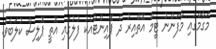
މަގާމްގައި މާފަންނު ޓީމް އޮތްއިރު ދެ ޕޮއިންޓާއެކު ފުލުގައި އޮތީ ޕޮލިސް ކުލަބެވެ.